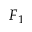
F _ { 1 }